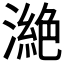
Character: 𣾵